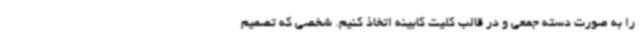
را به صورت دسته جمعی و در قالب کلیت کابینه اتخاذ کنیم. شخصی که تصمیم